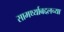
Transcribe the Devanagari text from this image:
सामर्थ्याबद्दलच्या